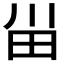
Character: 𰢸